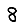
Digit: 8